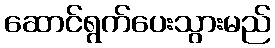
ဆောင်ရွက်ပေးသွားမည်